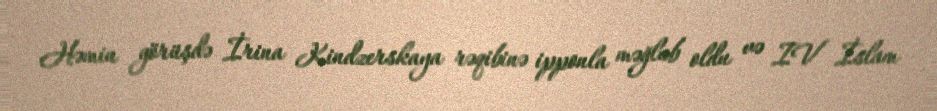
Həmin görüşdə İrina Kindzerskaya rəqibinə ipponla məğlub oldu və IV İslam